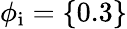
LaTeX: \phi_{\mathrm{i}}=\{ 0.3\}